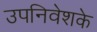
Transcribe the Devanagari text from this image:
उपनिवेशके